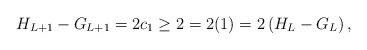
LaTeX: \begin{align*}H_{L+1}-G_{L+1}=2c_1\geq 2=2(1)=2\left( H_{L}-G_{L} \right),\end{align*}